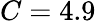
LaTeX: C=4.9\